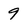
Character: 9